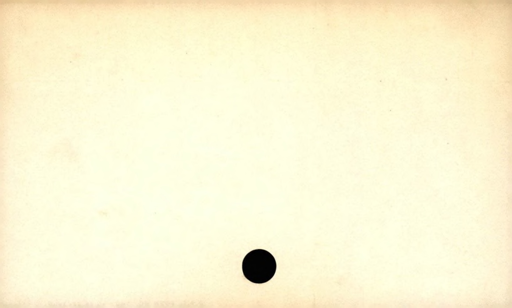
Label: blank